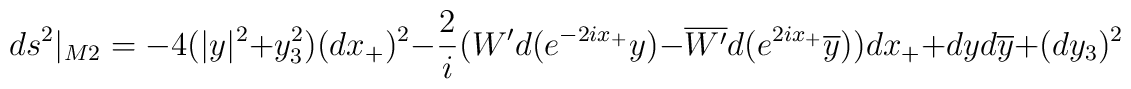
ds^2|_{M2}=-4 (|y|^2+y_3^2)(dx_+)^2 -{2\over i}(W' d(e^{-2ix_+}y)-\overline{W'}d(e^{2ix_+}\overline{y})) dx_+ +dy d\overline{y} +(d y_3)^2